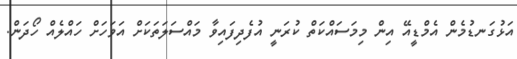
އަޅުގަނޑުމެން އެމްޑީއޭ އިން މިމަސައްކަތް ކުރަނީ އުފެދިފައިވާ މައްސަލަތަކަށް އަވަހަށް ހައްލެއް ހޯދަން.